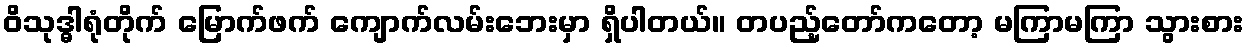
ဝိသုဒ္ဓါရုံတိုက် မြောက်ဖက် ကျောက်လမ်းဘေးမှာ ရှိပါတယ်။ တပည့်တော်ကတော့ မကြာမကြာ သွားစား